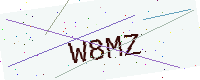
Text: W8MZ